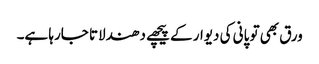
ورق بھی تو پانی کی دیوار کے پیچھے دھندلاتا جارہا ہے۔